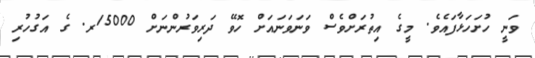
ވަނީ ހުށަހަޅާފައެވެ. މީގެ އިތުރަށްވެސް ވަނަަވަނައަށް ހޮވޭ ދަރިވަރުންނަށް 15000ރ. ގެ އަގުހުރި